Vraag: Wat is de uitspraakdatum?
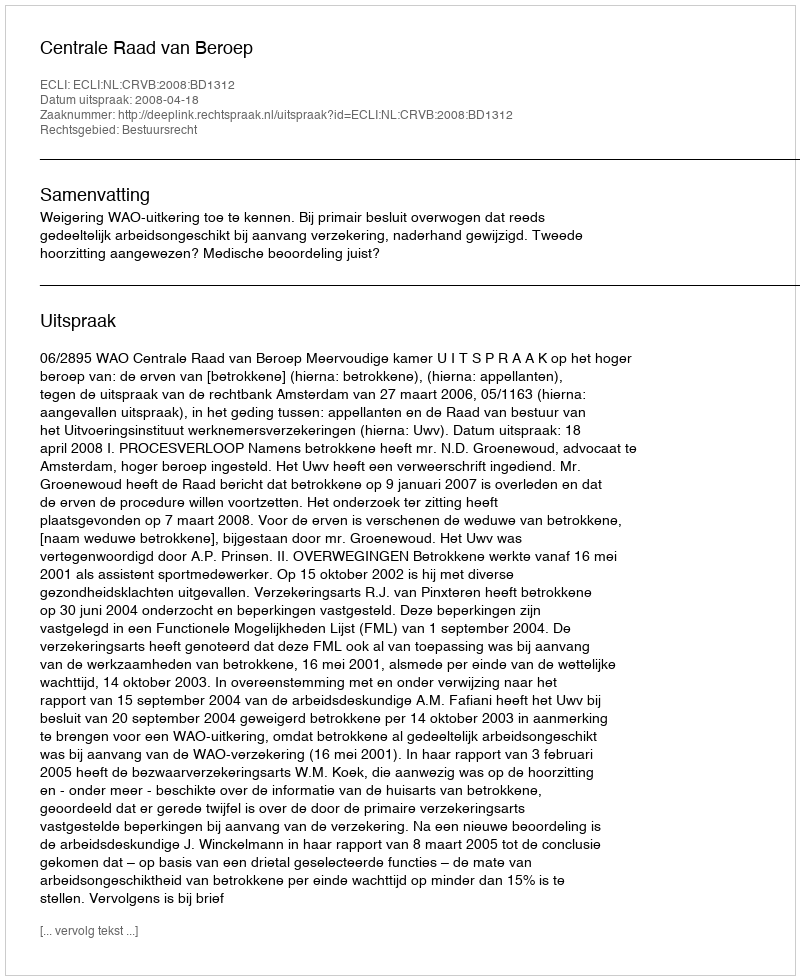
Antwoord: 2008-04-18